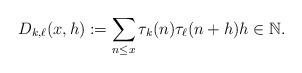
LaTeX: \begin{align*} D_{k,\ell}(x, h) := \sum_{n \le x} \tau_k(n)\tau_{\ell}(n+h) h \in \mathbb{N}.\end{align*}